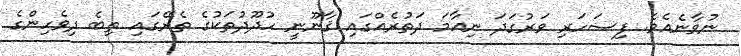
ނުވާނެއެވެ. ފިސަހަރި ވަރުގަދަ ނިއާމަ ދަތުރެއްގައި ޤާނޫނީ ހުދޫދުތަކުގެ ތެރޭގައި ތިބެ ދިވެހިންގެ